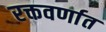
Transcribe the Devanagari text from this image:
रक्तवर्णात